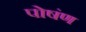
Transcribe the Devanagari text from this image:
पोषंण